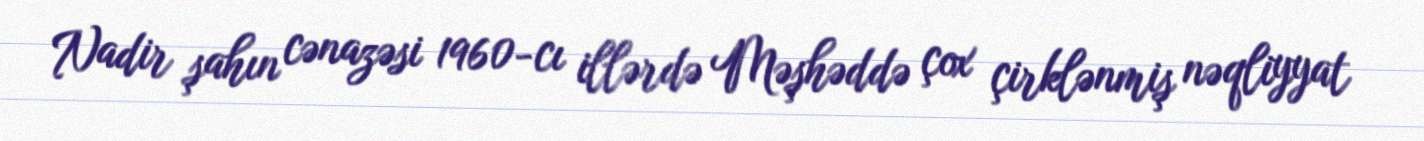
Nadir şahın cənazəsi 1960-cı illərdə Məşhəddə çox çirklənmiş nəqliyyat